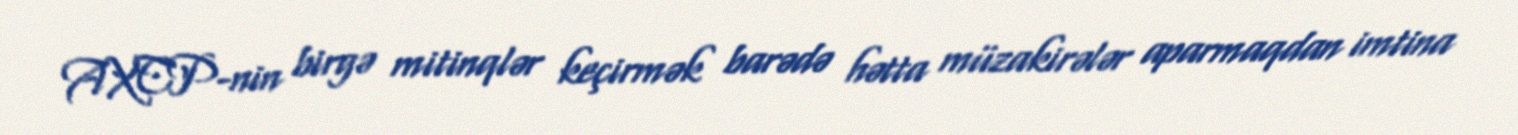
AXCP-nin birgə mitinqlər keçirmək barədə hətta müzakirələr aparmaqdan imtina